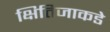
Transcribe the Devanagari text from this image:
क्षितिजाकडे